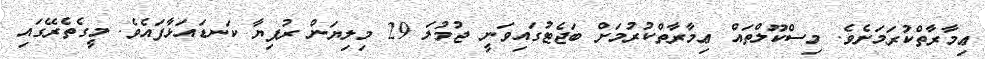
ޢިމާރާތްކުރަމަށެވެ. މިސްކޫލްތައް ޢިމާރާތްކުރުމަށް ބަޖެޓުގައިވަނީ ޖުމުލަ 29 މިލިޔަން ރުފިޔާ ކަނޑައަޅާފައެވެ. މީގެތެރޭގައި